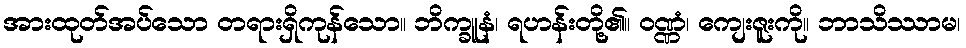
အားထုတ်အပ်သော တရားရှိကုန်သော။ ဘိက္ခူနံ၊ ရဟန်းတို့၏။ ဝဏ္ဏံ၊ ကျေးဇူးကို။ ဘာသိဿာမ၊